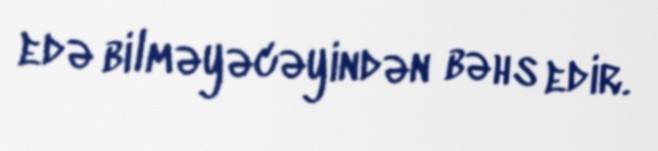
edə bilməyəcəyindən bəhs edir.